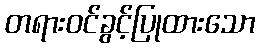
တရားဝင်ခွင့်ပြုထားသော